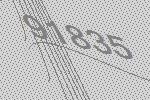
91835